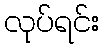
လုပ်ရင်း